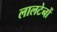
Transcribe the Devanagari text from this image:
लालटेनों